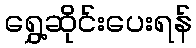
ရွှေ့ဆိုင်းပေးရန်